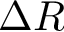
\Delta R